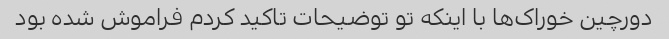
دورچین خوراک‌ها با اینکه تو توضیحات تاکید کردم فراموش شده بود